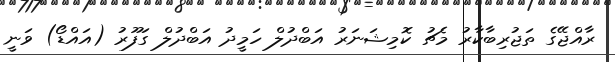
ރާއްޖޭގެ ތަޖުރިބާކާރު މެޗު ކޮމިޝަނަރު އަބްދުލް ހަމީދު އަބްދުލް ގަފޫރު (އައްޑޯ) ވަނީ